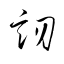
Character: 訒